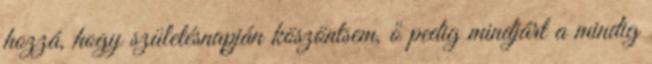
hozzá, hogy születésnapján köszöntsem, ő pedig mindjárt a mindig